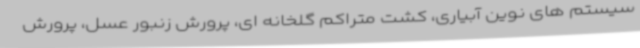
سیستم های نوین آبیاری، کشت متراکم گلخانه ای، پرورش زنبور عسل، پرورش